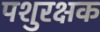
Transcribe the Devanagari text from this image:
पशुरक्षक